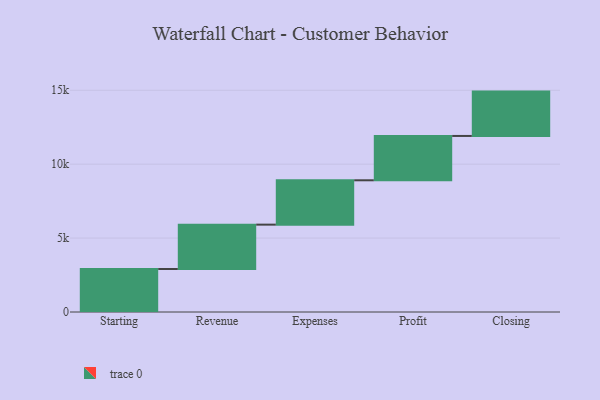
{"axis": {"x": "Step", "y": "Value"}, "legend": [""], "data": [{"x": "Starting", "y": 2910.0, "type": ""}, {"x": "Revenue", "y": 3000, "type": ""}, {"x": "Expenses", "y": 3000, "type": ""}, {"x": "Profit", "y": 3000, "type": ""}, {"x": "Closing", "y": 3000, "type": ""}]}